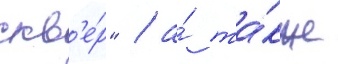
скв'е́р" / а́ та́кже